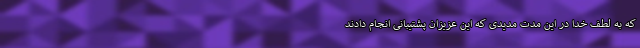
که به لطف خدا در این مدت مدیدی که این عزیزان پشتیبانی انجام دادند